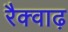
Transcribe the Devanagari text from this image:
रैक्वाढ़